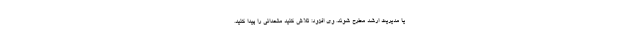
یا مدیریت ارشد مطرح شوند. وی افزود: تلاش کنید متحدانی را پیدا کنید.